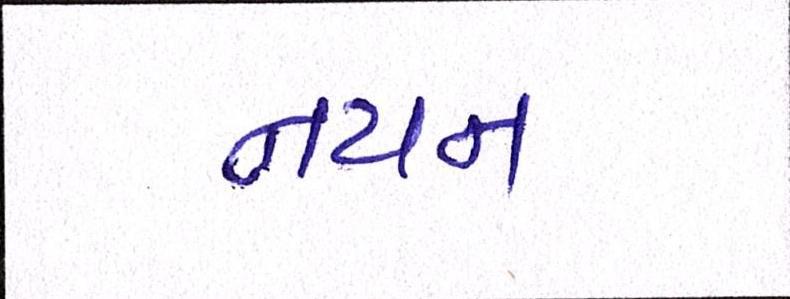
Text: નયન